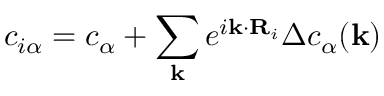
c _ { i \alpha } = c _ { \alpha } + \sum _ { \mathbf { k } } e ^ { i \mathbf { k } \cdot \mathbf { R } _ { i } } \Delta c _ { \alpha } ( \mathbf { k } )